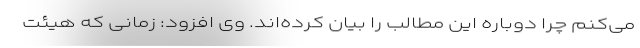
می‌کنم چرا دوباره این مطالب را بیان کرده‌اند. وی افزود: زمانی که هیئت